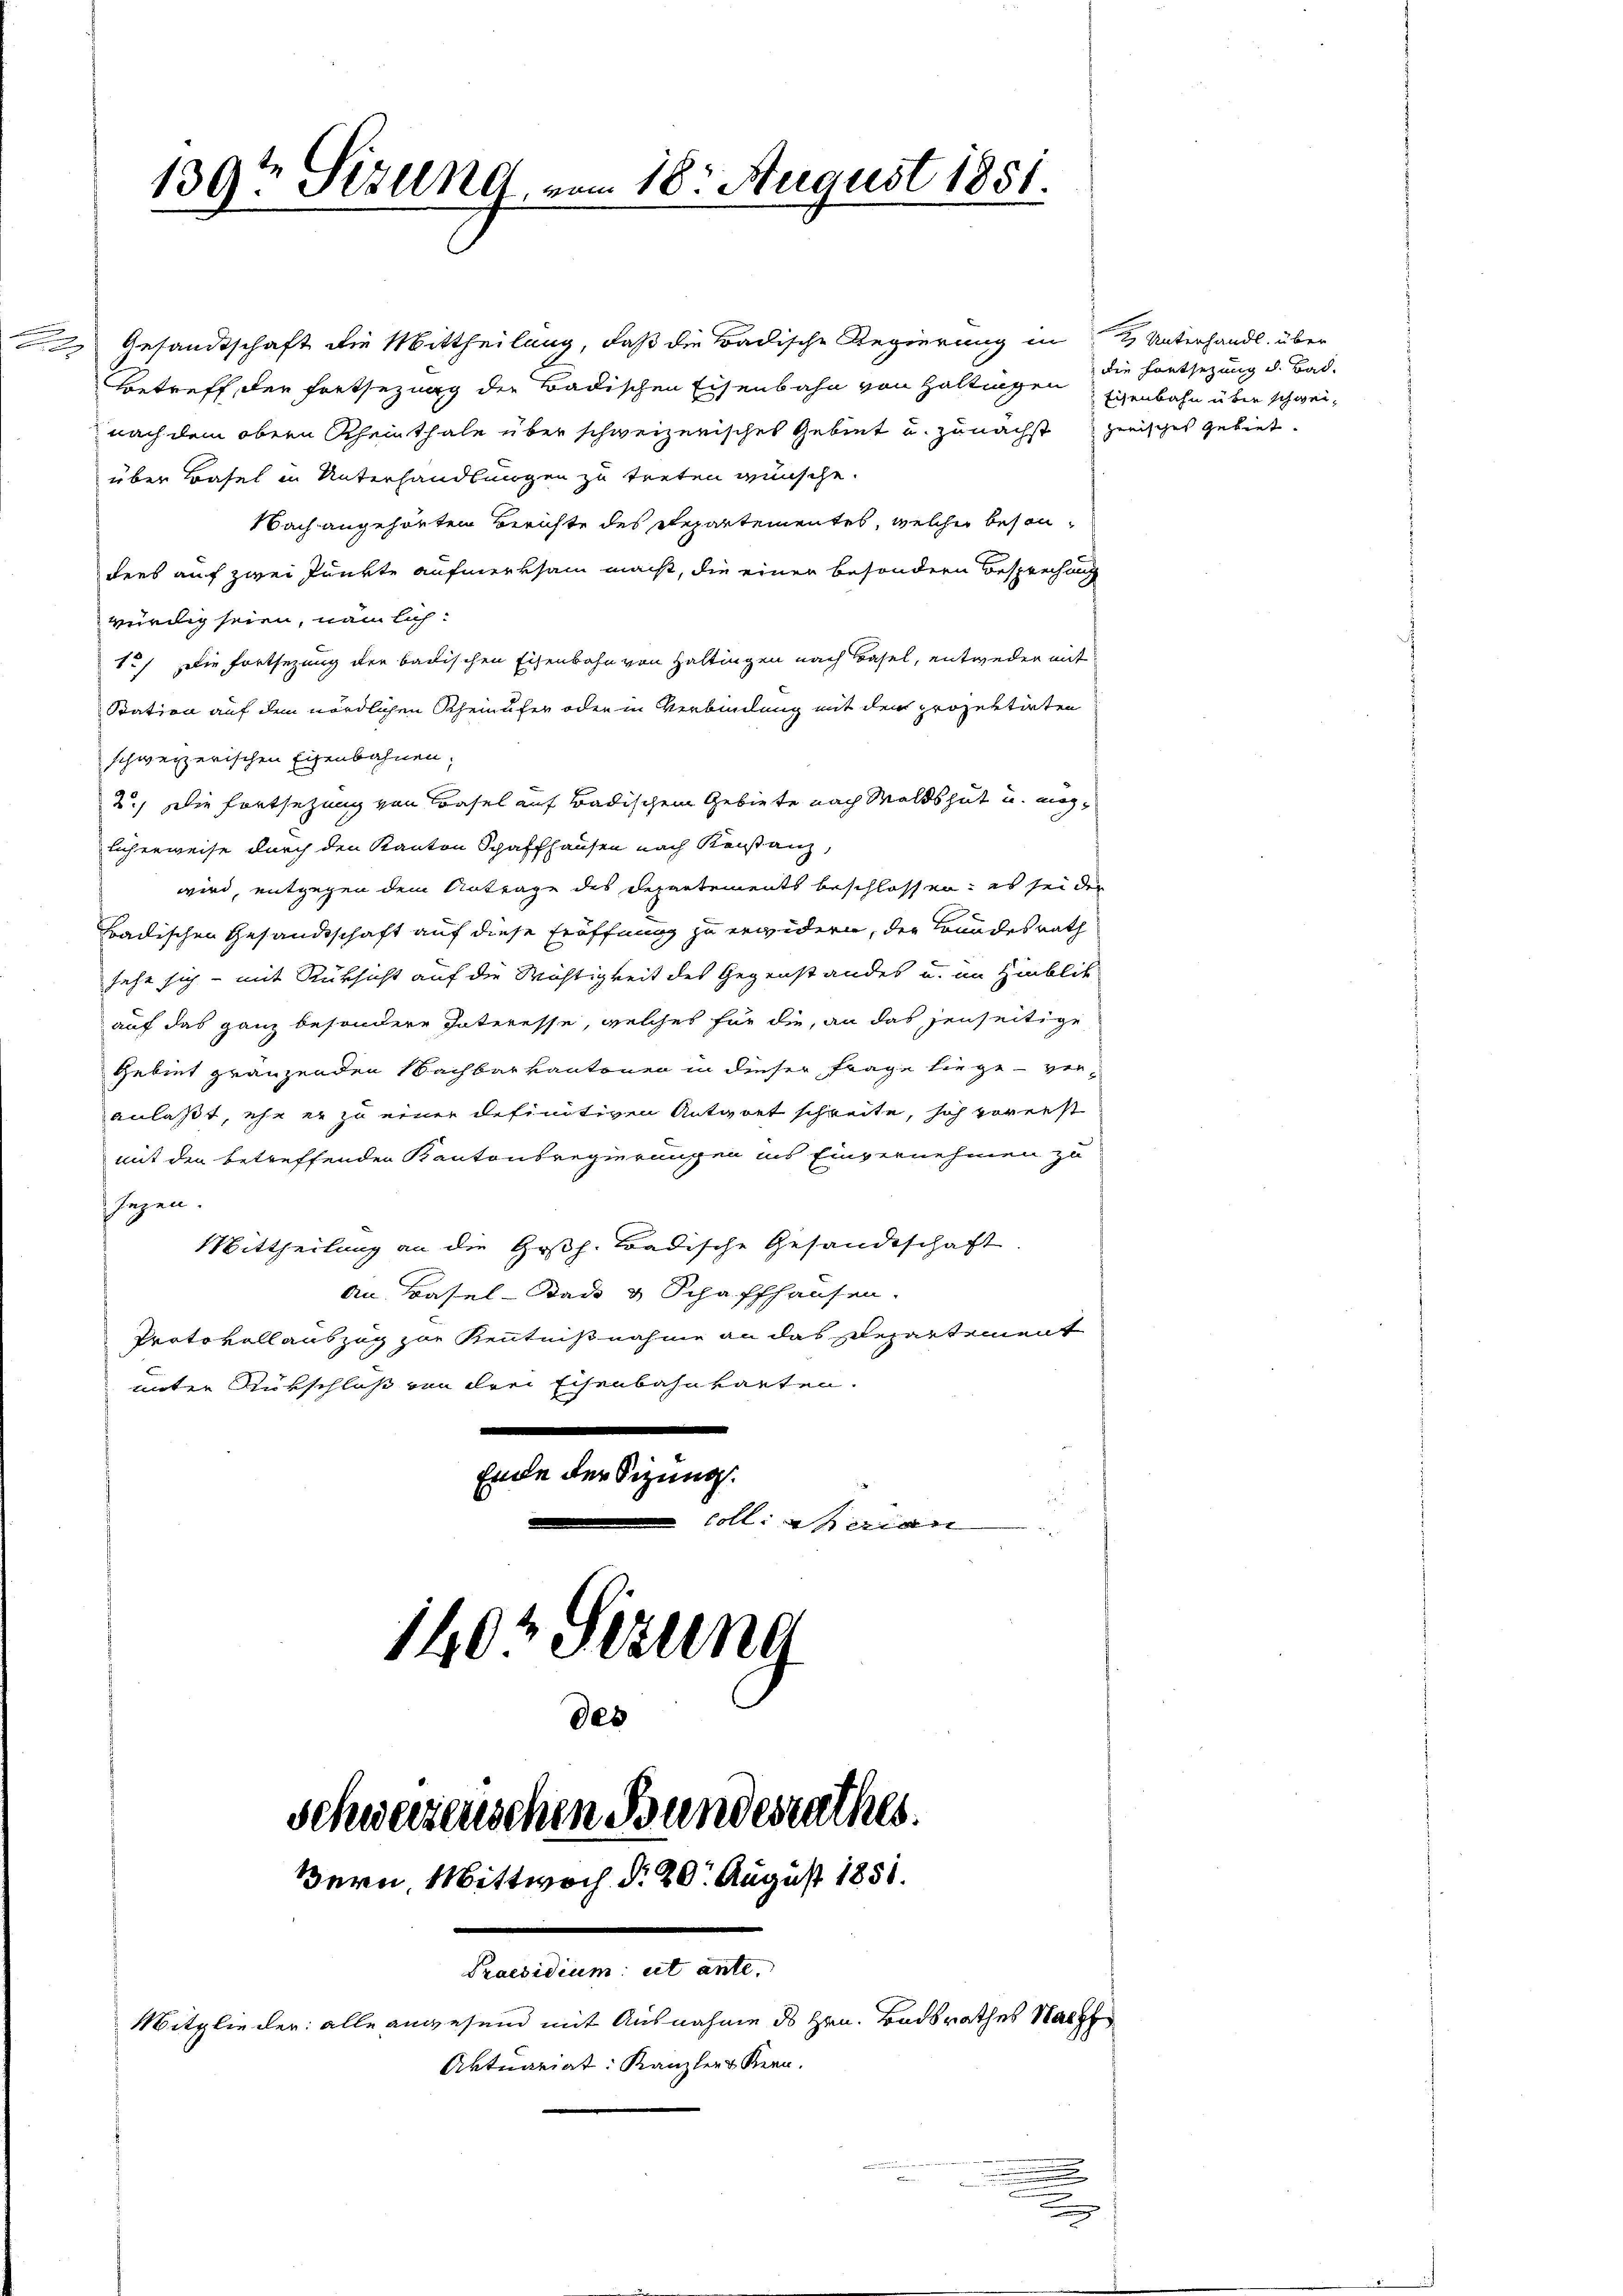
.

u

139te Sizung, vom 18. August 1851.

Gesandtschaft die Mittheilung, daß die Badische Regierung in Unterhandl. über
Betreff der Fortsezung der Badischen Eisenbahn von Haltingen Eisenbahn über schwei-
nach dem obern Rheinthale über schweizerisches Gebiet u. zunächst zwisches gebiet.
über Basel in Unterhandlungen zu treten wünsche.
Nach angehörten Berichte des Repartementes, welcher besondees auf zwei Punkte aufmerksam macht, die einer besondern Besprechung
würdig seien, nämlich:
1.) Die Fortsezung der badischen Eisenbahn von Haltingen nach Basel, entweder mit
Station auf dem nördlichen Rheinufer oder in Verbindung mit der projektirten
schweizerischen Eisenbahnen.
2.) Die Fortsetzung von Basel auf Badischem Gebiete nach Waldshut u. möglicherweise durch den Kanton Schaffhausen nach Reistanz,
wird, entgegen dem Antrage des Departements beschlossen: es sei der
Badischen Gesandtschaft auf diese Eröffnung zu erwidern, der Bundesrath
sehe sich - mit Rücksicht auf die Wichtigkeit des Gegenstandes u. im Hinblik
auf das ganz besondere Interesse, welches für die, an das jenseitige
Gebiet gränzenden Nachbarkantonen in dieser Frage liege - ver-
anlaßt, ehe er zu einer definitiven Antwort schreite, sich vorerst
mit den betreffenden Kantonsregierungen ins Einvernehmen zu
ssagen.
Mittheilung an die Goßh. Badische Gesandtschaft
an. Basel-Sad & Schaffhausen.
Protokollauszug zur Kenntnißnahme an das Repartement
unter Rükschloß von drei Eisenbahnkarten.
.
e
Ende der Sizung.
colli perian
140 Sezung
des
Schweizerischen Bundesrathes.
Bern, Mittwoch d. 20. August 1851.
Praesidium et ante.

Mitglieder: alle anwesend mit Ausnahme des Hrn. Badsrathes Nach
Aktuariat: Kanzler Kern.

x

die Fontsezung d. Bad.